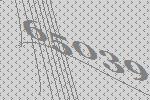
65039